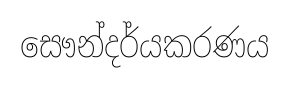
සෞන්දර්යකරණය